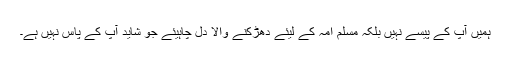
ہمیں آپ کے پیسے نہیں بلکہ مسلم امہ کے لیئے دھڑکنے والا دل چاہیئے جو شاید آپ کے پاس نہیں ہے۔